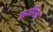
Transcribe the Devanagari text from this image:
ऊर्वरित